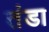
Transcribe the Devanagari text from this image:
तंडा